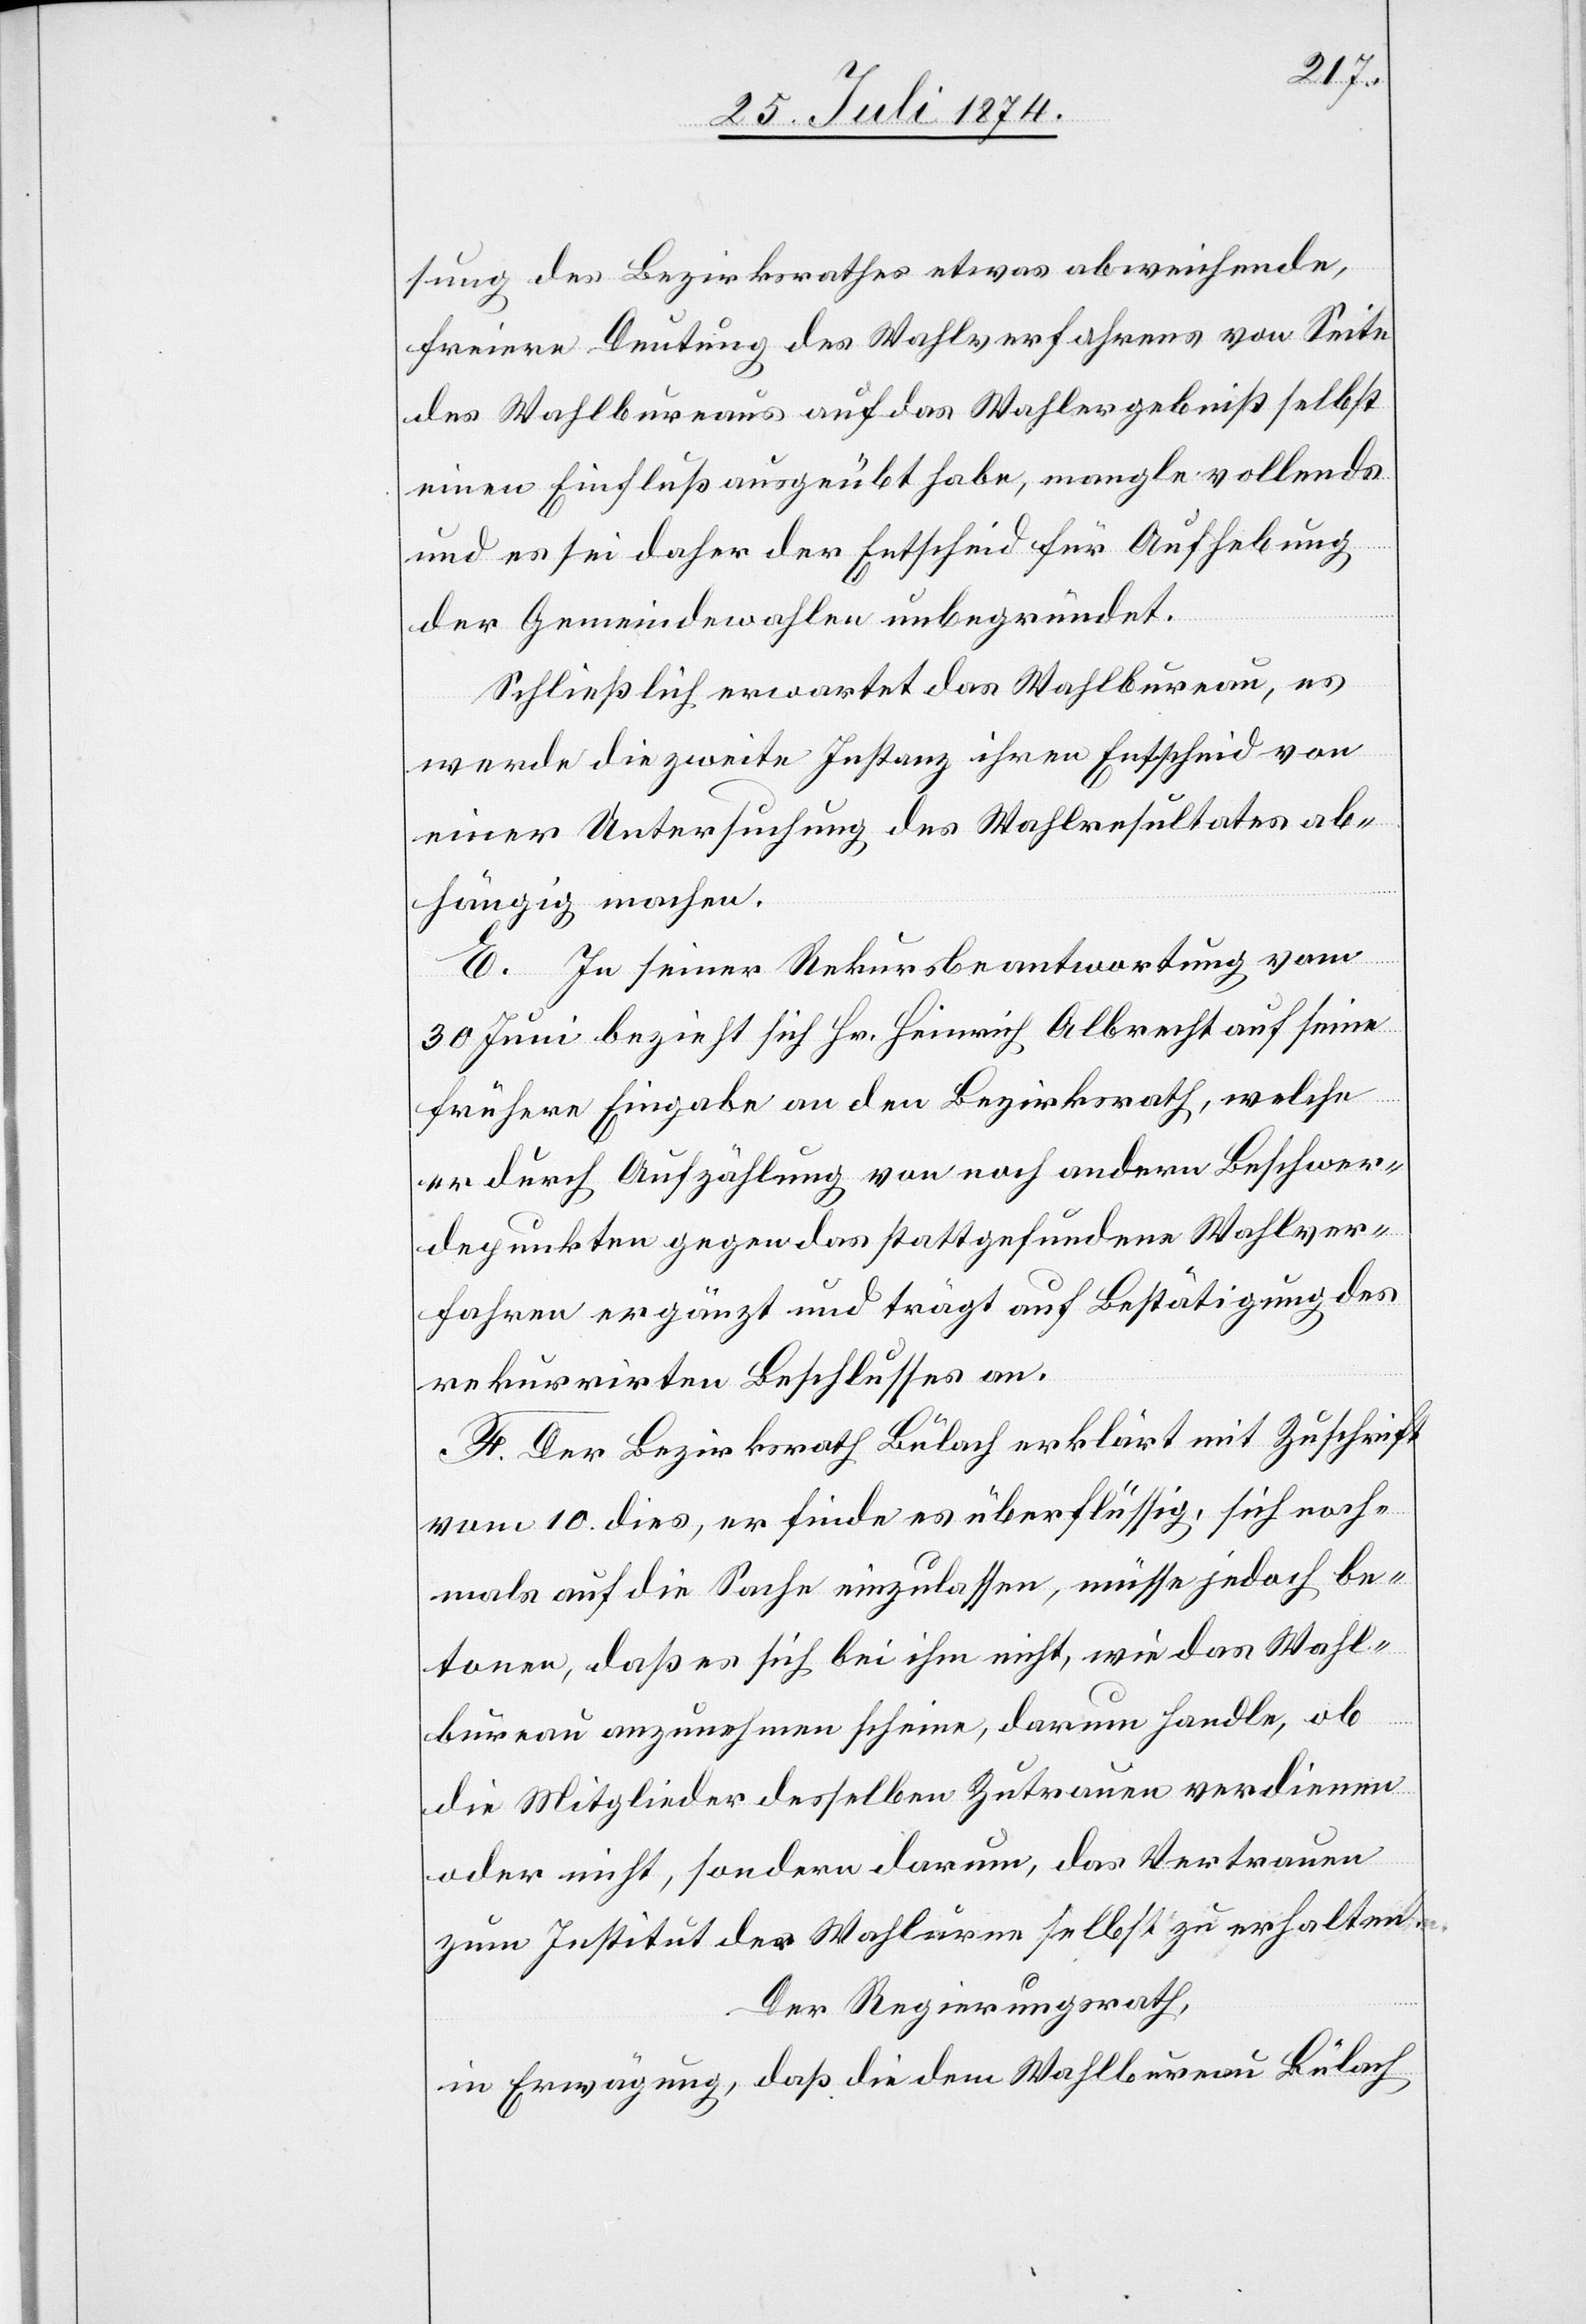
sung des Bezirksrathes etwas abweichende,
freiere Deutung des Wahlverfahrens von Seite
des Wahlbureaus auf das Wahlergebniß selbst
einen Einfluß ausgeübt habe, mangle vollends
und es sei daher der Entscheid für Aufhebung
der Gemeindewahlen unbegründet.
Schließlich erwartet das Wahlbureau, es
werde die zweite Instanz ihren Entscheid von
einer Untersuchung des Wahlresultates ab¬
hängig machen.
E. In seiner Rekursbeantwortung vom
30. Juni bezieht sich Hr. Heinrich Albrecht auf seine
frühere Eingabe an den Bezirksrath, welche
er durch Aufzählung von noch andern Beschwer¬
depunkten gegen das stattgefundene Wahlver¬
fahren ergänzt und trägt auf Bestätigung des
rekurrirten Beschlusses an.
F. Der Bezirksrath Bülach erklärt mit Zuschrift
vom 10. dies, er finde es überflüssig, sich noch¬
mals auf die Sache einzulassen, müsse jedoch be¬
tonen, daß es sich bei ihm nicht, wie das Wahl¬
bureau anzunehmen scheine, darum handle, ob
die Mitglieder desselben Zutrauen verdienen
oder nicht, sondern darum, das Vertrauen
zum Institut der Wahlurne selbst zu erhalten.
Der Regierungsrath,
in Erwägung, daß die dem Wahlbureau Bülach